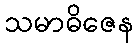
သမာဓိဇေန